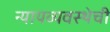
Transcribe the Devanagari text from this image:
न्यायव्यवस्थेची